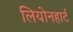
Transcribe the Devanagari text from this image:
लियोनहार्ट